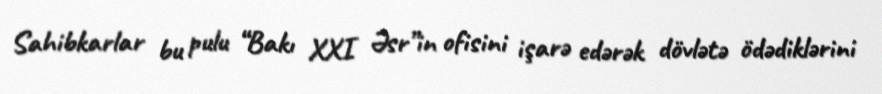
Sahibkarlar bu pulu “Bakı XXI Əsr”in ofisini işarə edərək dövlətə ödədiklərini